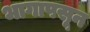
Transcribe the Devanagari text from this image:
भागापसून